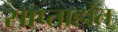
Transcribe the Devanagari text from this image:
साप्ताहांत